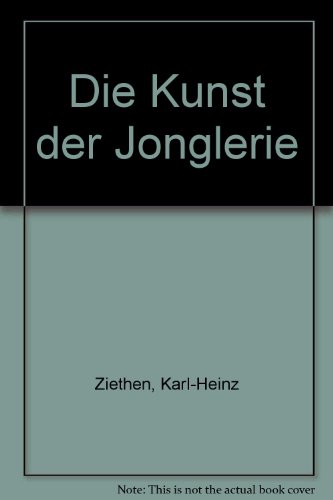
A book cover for Die Kunst der Jonglerie (German Edition); Karl-Heinz Ziethen; Sports & Outdoors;